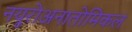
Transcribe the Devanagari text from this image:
नयूरोअनातोमिकल